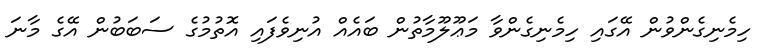
ހިމެނިގެންވުން އޭގައި ހިމެނިގެންވާ މަޢޫލޫމާތުން ބައެއް އުނިވެފައި އޮތުމުގެ ސަބަބުން އޭގެ މާނަ